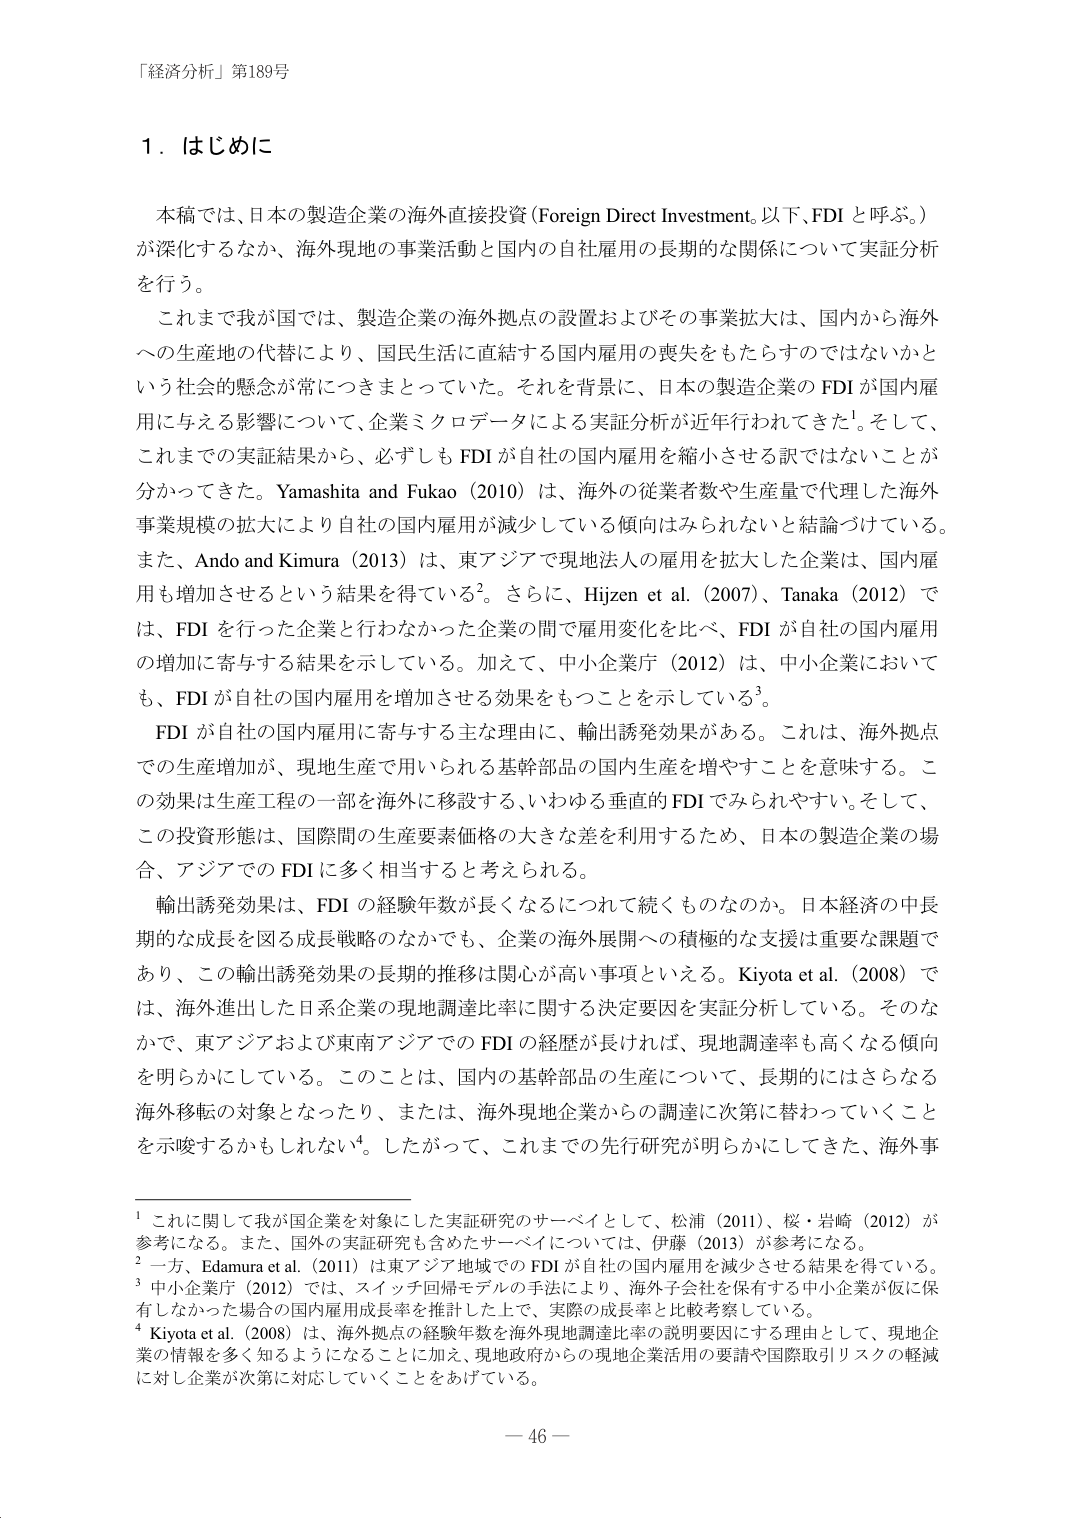
「経済分析」第189号

１．はじめに

本稿では、日本の製造企業の海外直接投資（Foreign Direct Investment、以下、FDI と呼ぶ。）が深化するなか、海外現地の事業活動と国内の自社雇用の長期的な関係について実証分析を行う。

これまで我が国では、製造企業の海外拠点の設置およびその事業拡大は、国内から海外への生産地の代替により、国民生活に直結する国内雇用の喪失をもたらすのではないかという社会的懸念が常につきまとっていた。それを背景に、日本の製造企業のFDIが国内雇用に与える影響について、企業ミクロデータによる実証分析が近年行われてきた¹。そして、これまでの実証結果から、必ずしもFDIが自社の国内雇用を縮小させる訳ではないことが分かってきた。Yamashita and Fukao（2010）は、海外の従業者数や生産量で代理した海外事業規模の拡大により自社の国内雇用が減少している傾向はみられないという結論づけている。また、Ando and Kimura（2013）は、東アジアで現地法人の雇用を拡大した企業は、国内雇用も増加させるという結果を得ている²。さらに、Hijzen et al.（2007）、Tanaka（2012）では、FDIを行った企業と行わなかった企業の間で雇用変化を比べ、FDIが自社の国内雇用の増加に寄与する結果を示している。加えて、中小企業庁（2012）は、中小企業においても、FDIが自社の国内雇用を増加させる効果をもつことを示している³。

FDIが自社の国内雇用に寄与する主な理由に、輸出誘発効果がある。これは、海外拠点での生産増加が、現地生産で用いられる基幹部品の国内生産を増やすことを意味する。この効果は生産工程の一部を海外に移設する、いわゆる垂直的FDIでみられやすい。そして、この投資形態は、国際間の生産要素価格の大きな差を利用するため、日本の製造企業の場合、アジアでのFDIに多く相当すると考えられる。

輸出誘発効果は、FDIの経験年数が長くなるにつれて続くものなのか。日本経済の中長期的な成長を図る成長戦略のなかでも、企業の海外展開への積極的な支援は重要な課題であり、この輸出誘発効果の長期的推移は関心が高い事項といえる。Kiyota et al.（2008）では、海外進出した日系企業の現地調達比率に関する決定要因を実証分析している。そのなかで、東アジアおよび東南アジアでのFDIの経歴が長ければ、現地調達率も高くなる傾向を明らかにしている。このことは、国内の基幹部品の生産について、長期的にはさらなる海外移転の対象となったり、または、海外現地企業からの調達に次第に替わっていくことを示唆するかもしれない⁴。したがって、これまでの先行研究が明らかにしてきた、海外事

¹ これに関して我が国企業を対象とした実証研究のサーベイとして、松浦（2011）、桜・岩崎（2012）が参考になる。また、国外の実証研究も含めたサーベイについては、伊藤（2013）が参考になる。
² 一方、Edamura et al.（2011）は東アジア地域でのFDIが自社の国内雇用を減少させる結果を得ている。
³ 中小企業庁（2012）では、スイッチ回帰モデルの手法により、海外子会社を保有する中小企業が仮に保有しなかった場合の国内雇用成長率を推計した上で、実際の成長率と比較考察している。
⁴ Kiyota et al.（2008）は、海外拠点の経験年数を海外現地調達比率の説明要因にする理由として、現地企業の情報を多く知るようになることに加え、現地政府からの現地企業活用の要請や国際取引リスクの軽減に対し企業が次第に対応していくことをあげている。

— 46 —